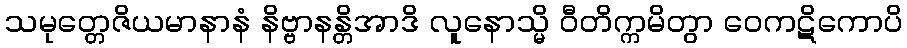
သမုတ္တေဇိယမာနာနံ နိဗ္ဗာနန္တိအာဒိ လူနောသ္မိ ဝီတိက္ကမိတွာ ဝေကဋိကောပိ